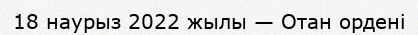
18 наурыз 2022 жылы — Отан ордені